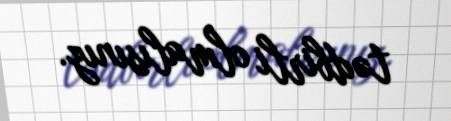
tədbirli olmalısınız.